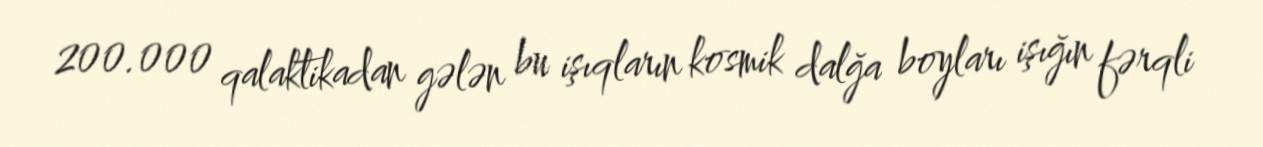
200.000 qalaktikadan gələn bu işıqların kosmik dalğa boyları işığın fərqli